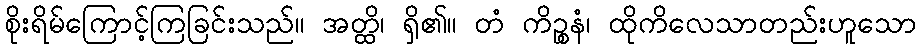
စိုးရိမ်ကြောင့်ကြခြင်းသည်။ အတ္ထိ၊ ရှိ၏။ တံ ကိဉ္စနံ၊ ထိုကိလေသာတည်းဟူသော